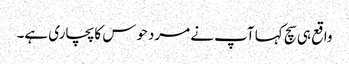
واقع ہی سچ کہا آپ نے مردحوس کا پچاری ہے۔